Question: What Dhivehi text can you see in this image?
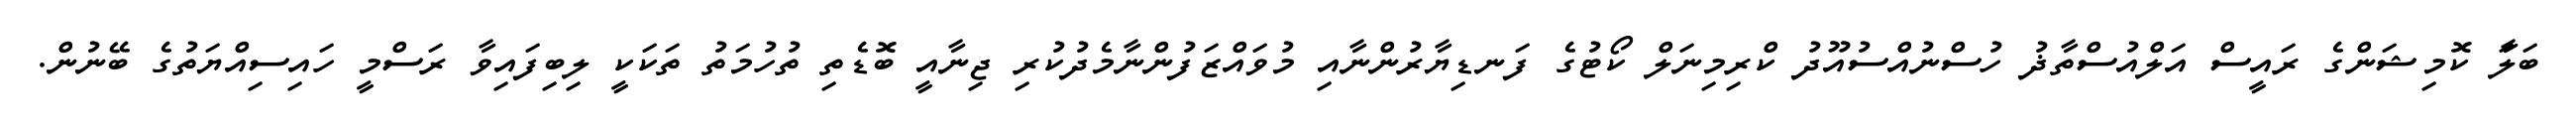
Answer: ބަލަާ ކޮމިޝަންގެ ރައީސް އަލްއުސްތާޛު ހުސްނުއްސުއޫދު ކްރިމިނަލް ކޯޓުގެ ފަނޑިޔާރުންނާއި މުވައްޒަފުންނާމެދުކުރި ޖިނާއީ ބޮޑެތި ތުހުމަތު ތަކަކީ ލިބިފައިވާ ރަސްމީ ހައިސިއްޔަތުގެ ބޭނުން.